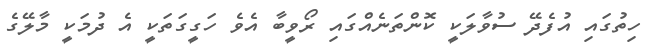
ހިތުގައި އުފެދޭ ސުވާލަކީ ކޮންތަނެއްގައި ރޯވީބާ އެވެ ހަގީގަތަކީ އެ ދުމަކީ މާލޭގެ